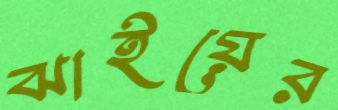
ঝাইয়ের